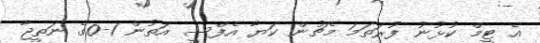
އެ ޓީމް ކުޅުނު ފުރަތަމަ މެޗުން ކަޔާ އެފްސީ އަތުން 1-0ގެ ނަތީޖާ